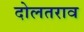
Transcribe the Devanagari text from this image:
दोलतराव